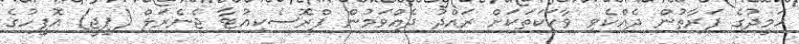
ހަމީދުގެ ފަރާތުން ދެއްކެވި ވާހަކަތަކަށް ރައްދު ދެއްވަމުން ޕްރޮސެކިއުޓާ ޖެނެރަލް (ޕީޖީ) އޮފީހުގެ